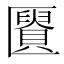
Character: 𰅩